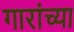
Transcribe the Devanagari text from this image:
गारांच्या